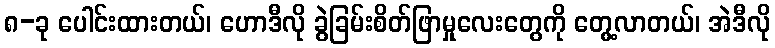
၈-ခု ပေါင်းထားတယ်၊ ဟောဒီလို ခွဲခြမ်းစိတ်ဖြာမှုလေးတွေကို တွေ့လာတယ်၊ အဲဒီလို